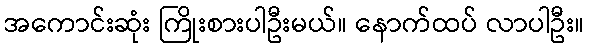
အကောင်းဆုံး ကြိုးစားပါဦးမယ်။ နောက်ထပ် လာပါဦး။